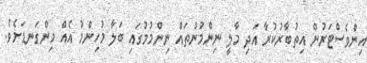
އިންވެސްޓަރުން އިތުބާރުކުރާ އަދި މާލީ ނިންމުންތައް ނިންމުމުގައި ބަލާ މުހިންމު އެއް މިންގަނޑަށެވެ.